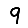
Digit: 9